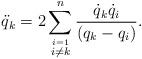
LaTeX: \begin{gather*} \ddot{q}_k=2\sum_{\stackrel{i=1}{i\neq k}}^n\frac{\dot{ q}_k\dot{q}_i}{ (q_k-q_i)} .\end{gather*}